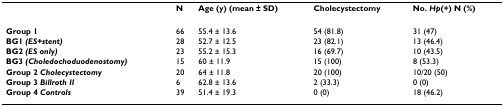
|  | N | Age (y) (mean ± SD) | Cholecystectomy | No. Hp(+) N (%) |
 | --- | --- | --- | --- | --- |
 | Group 1 | 66 | 55.4 ± 13.6 | 54 (81.8) | 31 (47) |
 | BG1 (ES+stent) | 28 | 52.7 ± 12.5 | 23 (82.1) | 13 (46.4) |
 | BG2 (ES only) | 23 | 55.2 ± 15.3 | 16 (69.7) | 10 (43.5) |
 | BG3 (Choledochoduodenostomy) | 15 | 60 ± 11.9 | 15 (100) | 8 (53.3) |
 | Group 2 Cholecystectomy | 20 | 64 ± 11.8 | 20 (100) | 10/20 (50) |
 | Group 3 Billroth II | 6 | 62.8 ± 13.6 | 2 (33.3) | 0 (0) |
 | Group 4 Controls | 39 | 51.4 ± 19.3 | 0 (0) | 18 (46.2) |